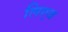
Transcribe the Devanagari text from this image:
लिएब